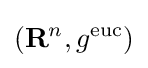
(\mathbf {R} ^{n},g^{\text{euc}})